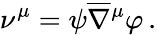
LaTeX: \nu^{\mu}=\psi\overline{{\nabla}}{^\mu}\varphi\, .